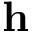
{ \bf h }